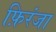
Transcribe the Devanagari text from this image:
फ़िरंजा